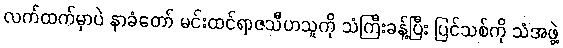
လက်ထက်မှာပဲ နာခံတော် မင်းထင်ရာဇသီဟသူကို သံကြီးခန့်ပြီး ပြင်သစ်ကို သံအဖွဲ့